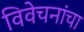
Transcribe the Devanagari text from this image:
विवेचनांचा